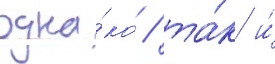
одна́ко / та́к и́